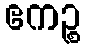
ဧကဉ္စ